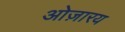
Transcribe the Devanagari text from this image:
ओज़ारय